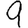
Digit: 9